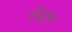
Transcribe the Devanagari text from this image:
लेटुस